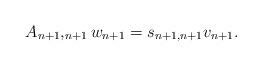
LaTeX: \begin{align*}A_{n+1},_{n+1}w_{n+1}=s_{n+1,n+1}v_{n+1}.\end{align*}